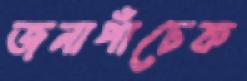
জনাপাঁচেক